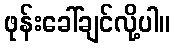
ဖုန်းခေါ်ချင်လို့ပါ။